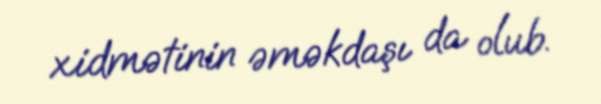
xidmətinin əməkdaşı da olub.